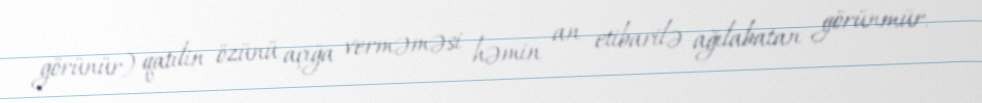
görünür) qatilin özünü açığa verməməsi həmin an etibarilə ağılabatan görünmür.